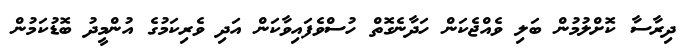
ދިރާސާ ކޮށްލުމުން ބަލި ވެއްޖެކަން ހަދާނެގޮތް ހުސްވެފައިވާކަން އަދި ވެރިކަމުގެ އުންމީދު ބޮޑުކަމުން